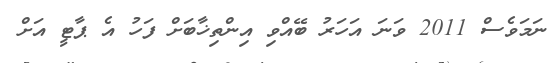
ނަމަވެސް 2011 ވަނަ އަހަރު ބޭއްވި އިންތިޚާބަށް ފަހު އެ ޕާޓީ އަށް